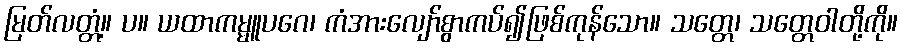
မြတ်လတ္တံ့။ ပ။ ယထာကမ္မူပဂေ၊ ကံအားလျော်စွာကပ်၍ဖြစ်ကုန်သော။ သတ္တေ၊ သတ္တေဝါတို့ကို။